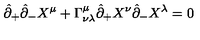
\hat { \partial } _ { + } \hat { \partial } _ { - } X ^ { \mu } + \Gamma _ { \nu \lambda } ^ { \mu } \hat { \partial } _ { + } X ^ { \nu } \hat { \partial } _ { - } X ^ { \lambda } = 0